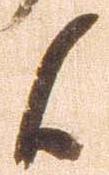
候